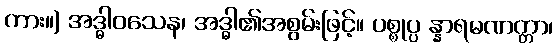
ကား။) အဒ္ဓါဝသေန၊ အဒ္ဓါ၏အစွမ်းဖြင့်။ ပစ္စုပ္ပ န္နာရမဏတ္တာ၊